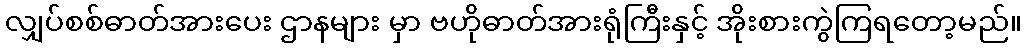
လျှပ်စစ်ဓာတ်အားပေး ဌာနများ မှာ ဗဟိုဓာတ်အားရုံကြီးနှင့် အိုးစားကွဲကြရတော့မည်။